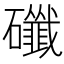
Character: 䃸